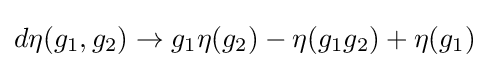
d\eta (g_{1},g_{2})\to g_{1}\eta (g_{2})-\eta (g_{1}g_{2})+\eta (g_{1})